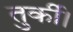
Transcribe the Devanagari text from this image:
तुर्की।